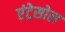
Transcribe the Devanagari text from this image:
एंट्रेसोल